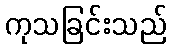
ကုသခြင်းသည်